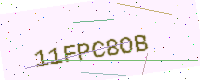
Text: 11FPC8OB